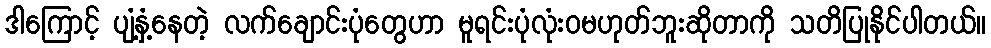
ဒါကြောင့် ပျံ့နှံ့နေတဲ့ လက်ချောင်းပုံတွေဟာ မူရင်းပုံလုံးဝမဟုတ်ဘူးဆိုတာကို သတိပြုနိုင်ပါတယ်။